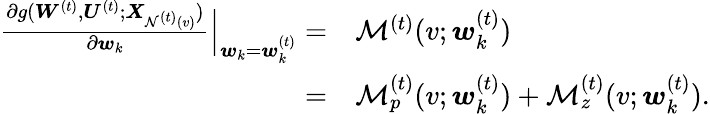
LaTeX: \begin{array}{rl}{\frac{\partial g({\boldsymbol W}^{(t)},{\boldsymbol U}^{(t)};{\boldsymbol X}_{\mathcal{N}^{(t)}(v)})}{\partial{\boldsymbol w}_{k}}\Big|_{{\boldsymbol w}_{k}={\boldsymbol w}_{k}^{(t)}}=}&{\mathcal{M}^{(t)}(v;{\boldsymbol w}_{k}^{(t)})}\\ {=}&{\mathcal{M}_{p}^{(t)}(v;{\boldsymbol w}_{k}^{(t)})+\mathcal{M}_{z}^{(t)}(v;{\boldsymbol w}_{k}^{(t)}).}\end{array}